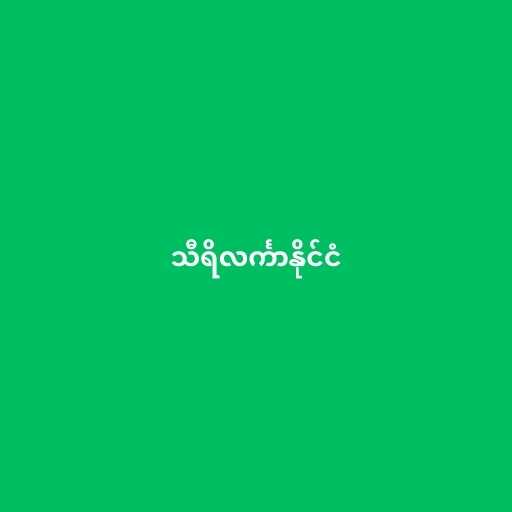
သီရိလင်္ကာနိုင်ငံ